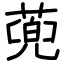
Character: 蔸